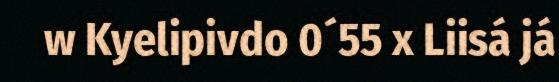
w Kyelipivdo 0´55 x Liisá já